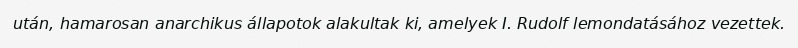
után, hamarosan anarchikus állapotok alakultak ki, amelyek I. Rudolf lemondatásához vezettek.